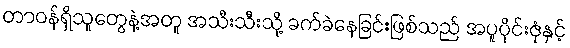
တာဝန်ရှိသူတွေနဲ့အတူ အသီးသီးသို့ ခက်ခဲနေခြင်းဖြစ်သည် အပူပိုင်းဇုံနှင့်